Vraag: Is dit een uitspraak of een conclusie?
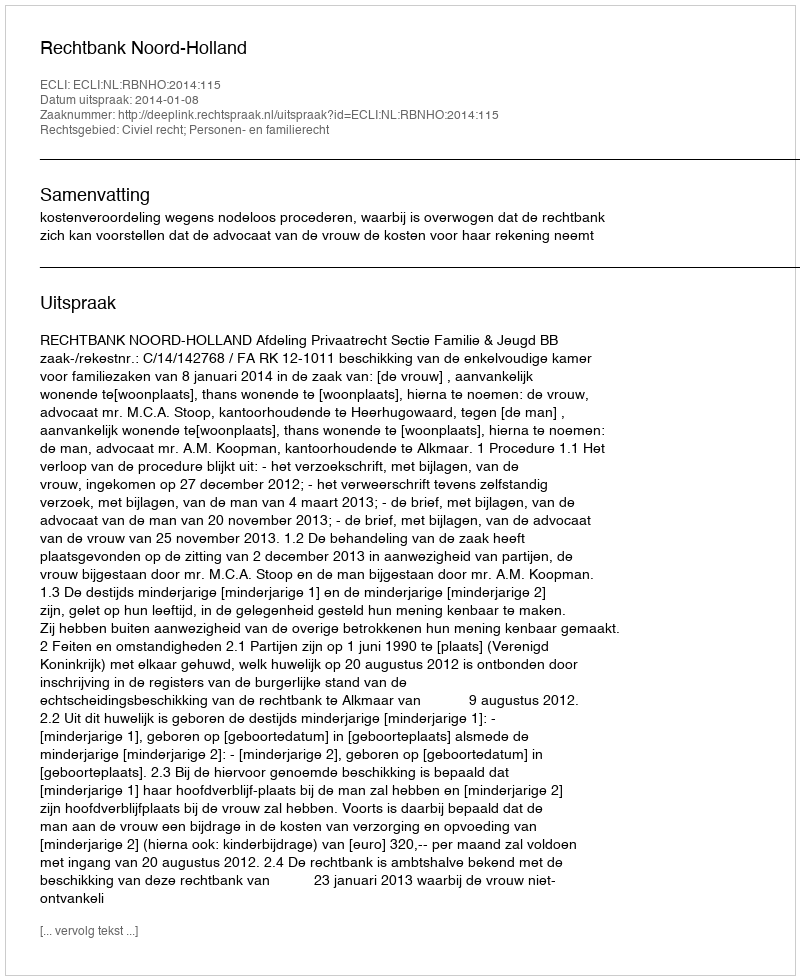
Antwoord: Uitspraak